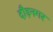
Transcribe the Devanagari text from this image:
दौड़नगर